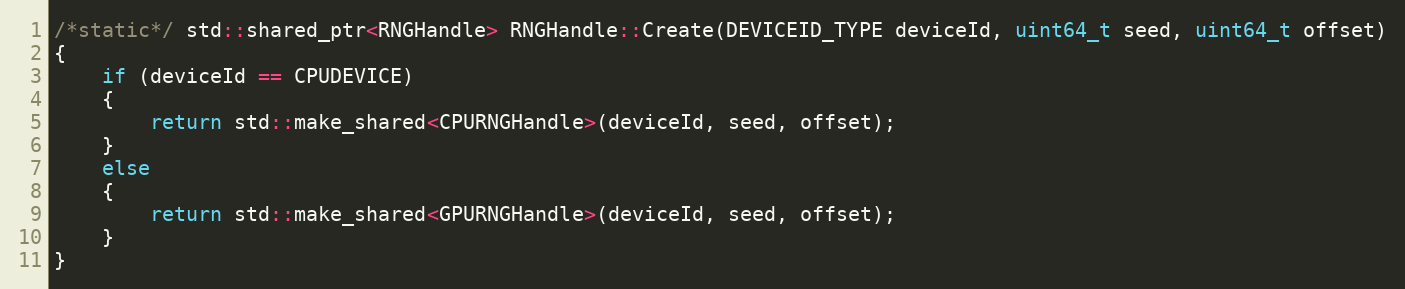
Language: C++
/*static*/ std::shared_ptr<RNGHandle> RNGHandle::Create(DEVICEID_TYPE deviceId, uint64_t seed, uint64_t offset)
{
    if (deviceId == CPUDEVICE)
    {
        return std::make_shared<CPURNGHandle>(deviceId, seed, offset);
    }
    else
    {
        return std::make_shared<GPURNGHandle>(deviceId, seed, offset);
    }
}